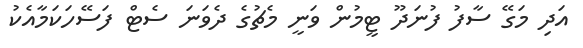
އަދި މަގޭ ސާފު ފުނަދޫ ޓީމުން ވަނީ މެޗުގެ ދެވަނަ ސެޓް ފަސޭހަކަމާއެކު